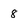
Character: 8